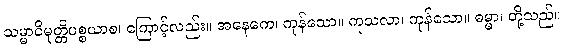
သမ္မာဝိမုတ္တိပစ္စယာစ၊ ကြောင့်လည်း။ အနေကေ၊ ကုန်သော။ ကုသလာ၊ ကုန်သော။ ဓမ္မာ၊ တို့သည်။